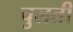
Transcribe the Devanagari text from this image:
चुलती